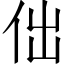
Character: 㑁